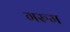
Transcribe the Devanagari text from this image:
गरुम